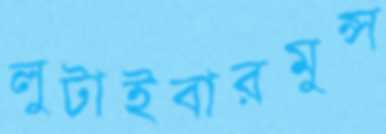
লুটাইবারমুন্স